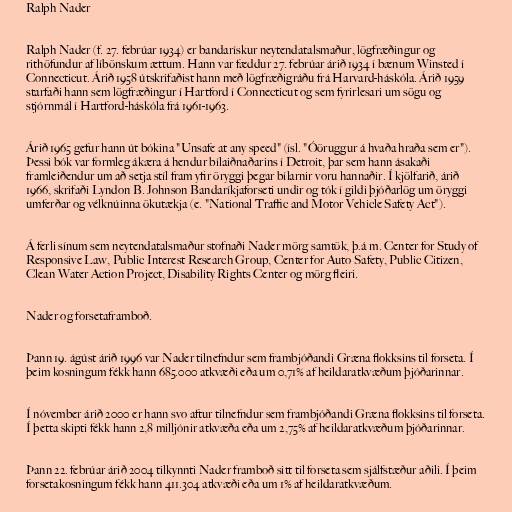
Ralph Nader

Ralph Nader (f. 27. febrúar 1934) er bandarískur neytendatalsmaður, lögfræðingur og
rithöfundur af líbönskum ættum. Hann var fæddur 27. febrúar árið 1934 í bænum Winsted í
Connecticut. Árið 1958 útskrifaðist hann með lögfræðigráðu frá Harvard-háskóla. Árið 1959
starfaði hann sem lögfræðingur í Hartford í Connecticut og sem fyrirlesari um sögu og
stjórnmál í Hartford-háskóla frá 1961-1963.

Árið 1965 gefur hann út bókina "Unsafe at any speed" (ísl. "Óöruggur á hvaða hraða sem er").
Þessi bók var formleg ákæra á hendur bílaiðnaðarins í Detroit, þar sem hann ásakaði
framleiðendur um að setja stíl fram yfir öryggi þegar bílarnir voru hannaðir. Í kjölfarið, árið
1966, skrifaði Lyndon B. Johnson Bandaríkjaforseti undir og tók í gildi þjóðarlög um öryggi
umferðar og vélknúinna ökutækja (e. "National Traffic and Motor Vehicle Safety Act").

Á ferli sínum sem neytendatalsmaður stofnaði Nader mörg samtök, þ.á m. Center for Study of
Responsive Law, Public Interest Research Group, Center for Auto Safety, Public Citizen,
Clean Water Action Project, Disability Rights Center og mörg fleiri.

Nader og forsetaframboð.

Þann 19. ágúst árið 1996 var Nader tilnefndur sem frambjóðandi Græna flokksins til forseta. Í
þeim kosningum fékk hann 685.000 atkvæði eða um 0,71% af heildaratkvæðum þjóðarinnar.

Í nóvember árið 2000 er hann svo aftur tilnefndur sem frambjóðandi Græna flokksins til forseta.
Í þetta skipti fékk hann 2,8 milljónir atkvæða eða um 2,75% af heildaratkvæðum þjóðarinnar.

Þann 22. febrúar árið 2004 tilkynnti Nader framboð sitt til forseta sem sjálfstæður aðili. Í þeim
forsetakosningum fékk hann 411.304 atkvæði eða um 1% af heildaratkvæðum.